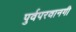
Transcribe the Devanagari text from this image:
पुर्वपरवानगी